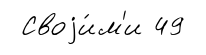
Своjи́м'и 49